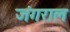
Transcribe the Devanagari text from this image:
जंगराल